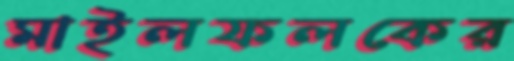
মাইলফলকের